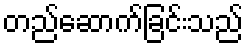
တည်ဆောက်ခြင်းသည်